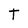
Character: t